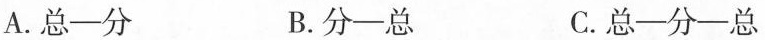
A.总-分 B.分-总 C.总-分-总